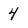
Character: 4